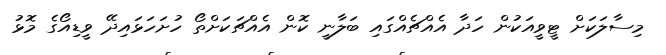
މިސާލަކަށް ޓީވީއަކުން ހަދާ އެއްޗެއްގައި ބަލާނީ ކޮން އެއްޗަކަށްތޯ ހުށަހަޅައިދޭ ވީޑިއޯގެ މޮޅު